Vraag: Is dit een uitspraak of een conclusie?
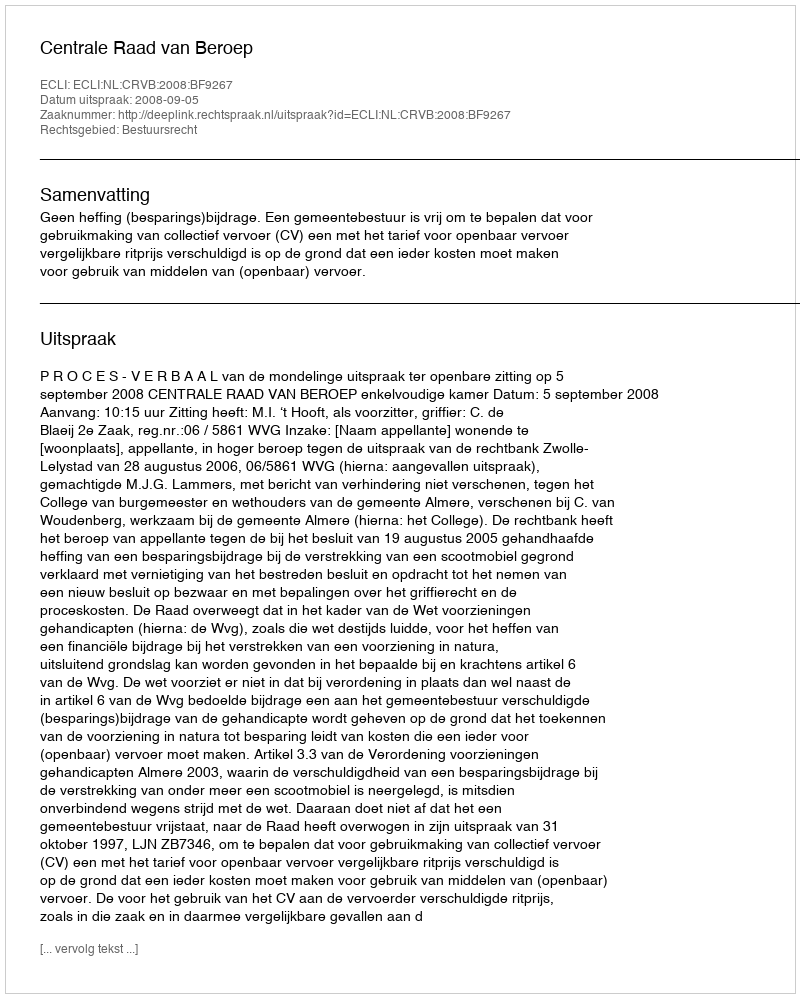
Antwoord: Uitspraak